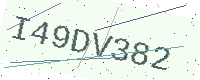
Text: I49DV382